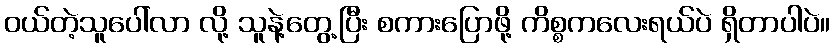
ဝယ်တဲ့သူပေါ်လာ လို့ သူနဲ့တွေ့ပြီး စကားပြောဖို့ ကိစ္စကလေးရယ်ပဲ ရှိတာပါပဲ။